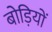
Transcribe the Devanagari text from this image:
बोड़ियों